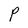
Character: P